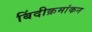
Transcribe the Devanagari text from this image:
बिंदीक्रमांकन